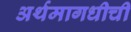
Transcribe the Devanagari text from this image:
अर्थमागधीची